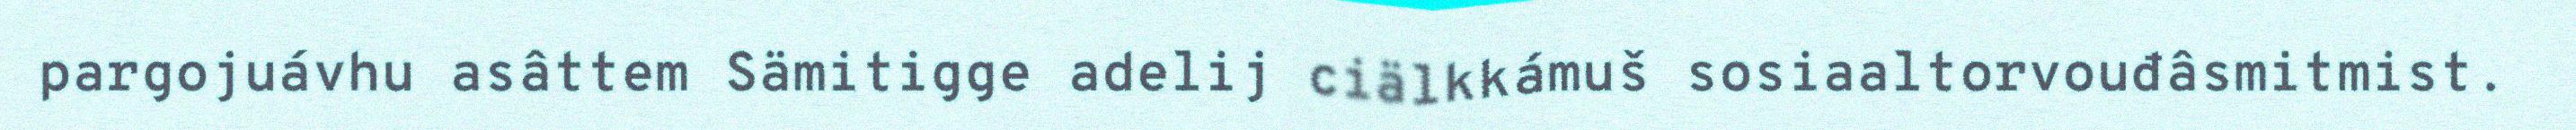
pargojuávhu asâttem Sämitigge adelij ciälkkámuš sosiaaltorvouđâsmitmist.